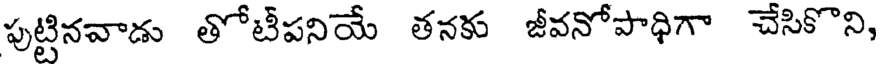
పుట్టినవాడు తోటీపనియే తనకు జీవనోపాధిగా చేసికొని,